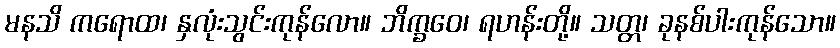
မနသိ ကရောထ၊ နှလုံးသွင်းကုန်လော။ ဘိက္ခဝေ၊ ရဟန်းတို့။ သတ္တ၊ ခုနစ်ပါးကုန်သော။